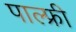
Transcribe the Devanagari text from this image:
पाल्फ्री